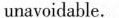
unavoidable.